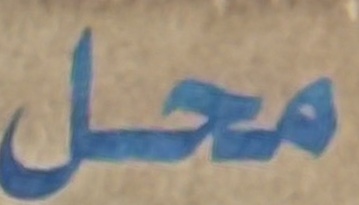
محل